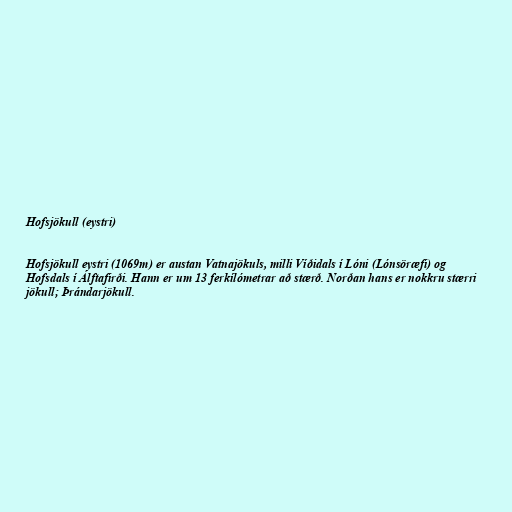
Hofsjökull (eystri)

Hofsjökull eystri (1069m) er austan Vatnajökuls, milli Víðidals í Lóni (Lónsöræfi) og
Hofsdals í Álftafirði. Hann er um 13 ferkílómetrar að stærð. Norðan hans er nokkru stærri
jökull; Þrándarjökull.